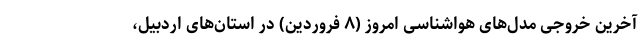
آخرین خروجی مدل‌های هواشناسی امروز (۸ فروردین) در استان‌های اردبیل،